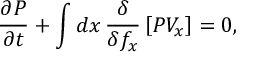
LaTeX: \frac { \partial P } { \partial t } + \int d x \, \frac { \delta } { \delta f _ { x } } \left[ P V _ { x } \right] = 0 ,